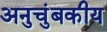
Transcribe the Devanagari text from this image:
अनुचुंबकीय